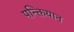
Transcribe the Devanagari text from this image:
पन्क्तियान